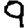
Digit: 9